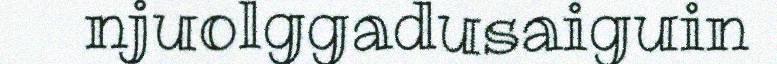
njuolggadusaiguin